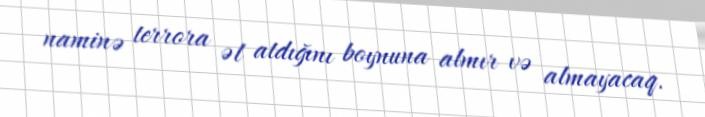
naminə terrora əl atdığını boynuna almır və almayacaq.